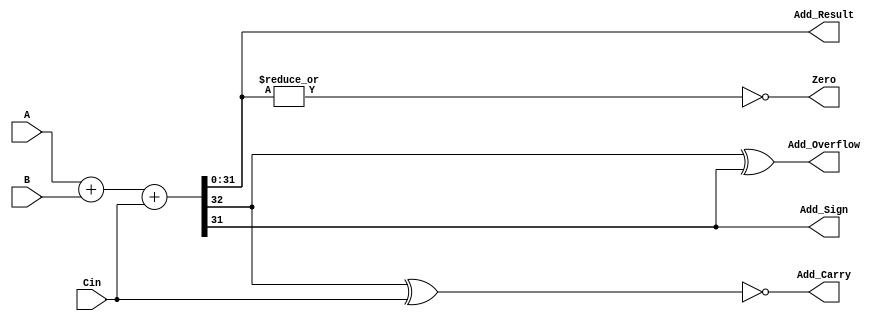
module adder32(A, B, Cin, Add_Carry, Add_Overflow, Add_Sign, Add_Result, Zero);
	parameter n = 32;
	input [n-1:0] A;
	input [n-1:0] B;
	input Cin;
	output Add_Carry, Add_Overflow, Add_Sign, Zero;
	output[n-1:0] Add_Result;
	
	wire cout;
	
	assign {cout, Add_Result} = A + B + Cin;
	assign Add_Carry = ~(cout ^ Cin); 
	assign Add_Overflow = cout ^ Add_Result[n-1]; // maybe wrong for sub
	assign Add_Sign = Add_Result[n-1];
	/*
	if(Add_Result == 32'b0)
		assign Zero = 1;
	else
		assign Zero = 0;
	*/
	assign Zero = ~(| Add_Result);

endmodule